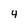
Character: 4